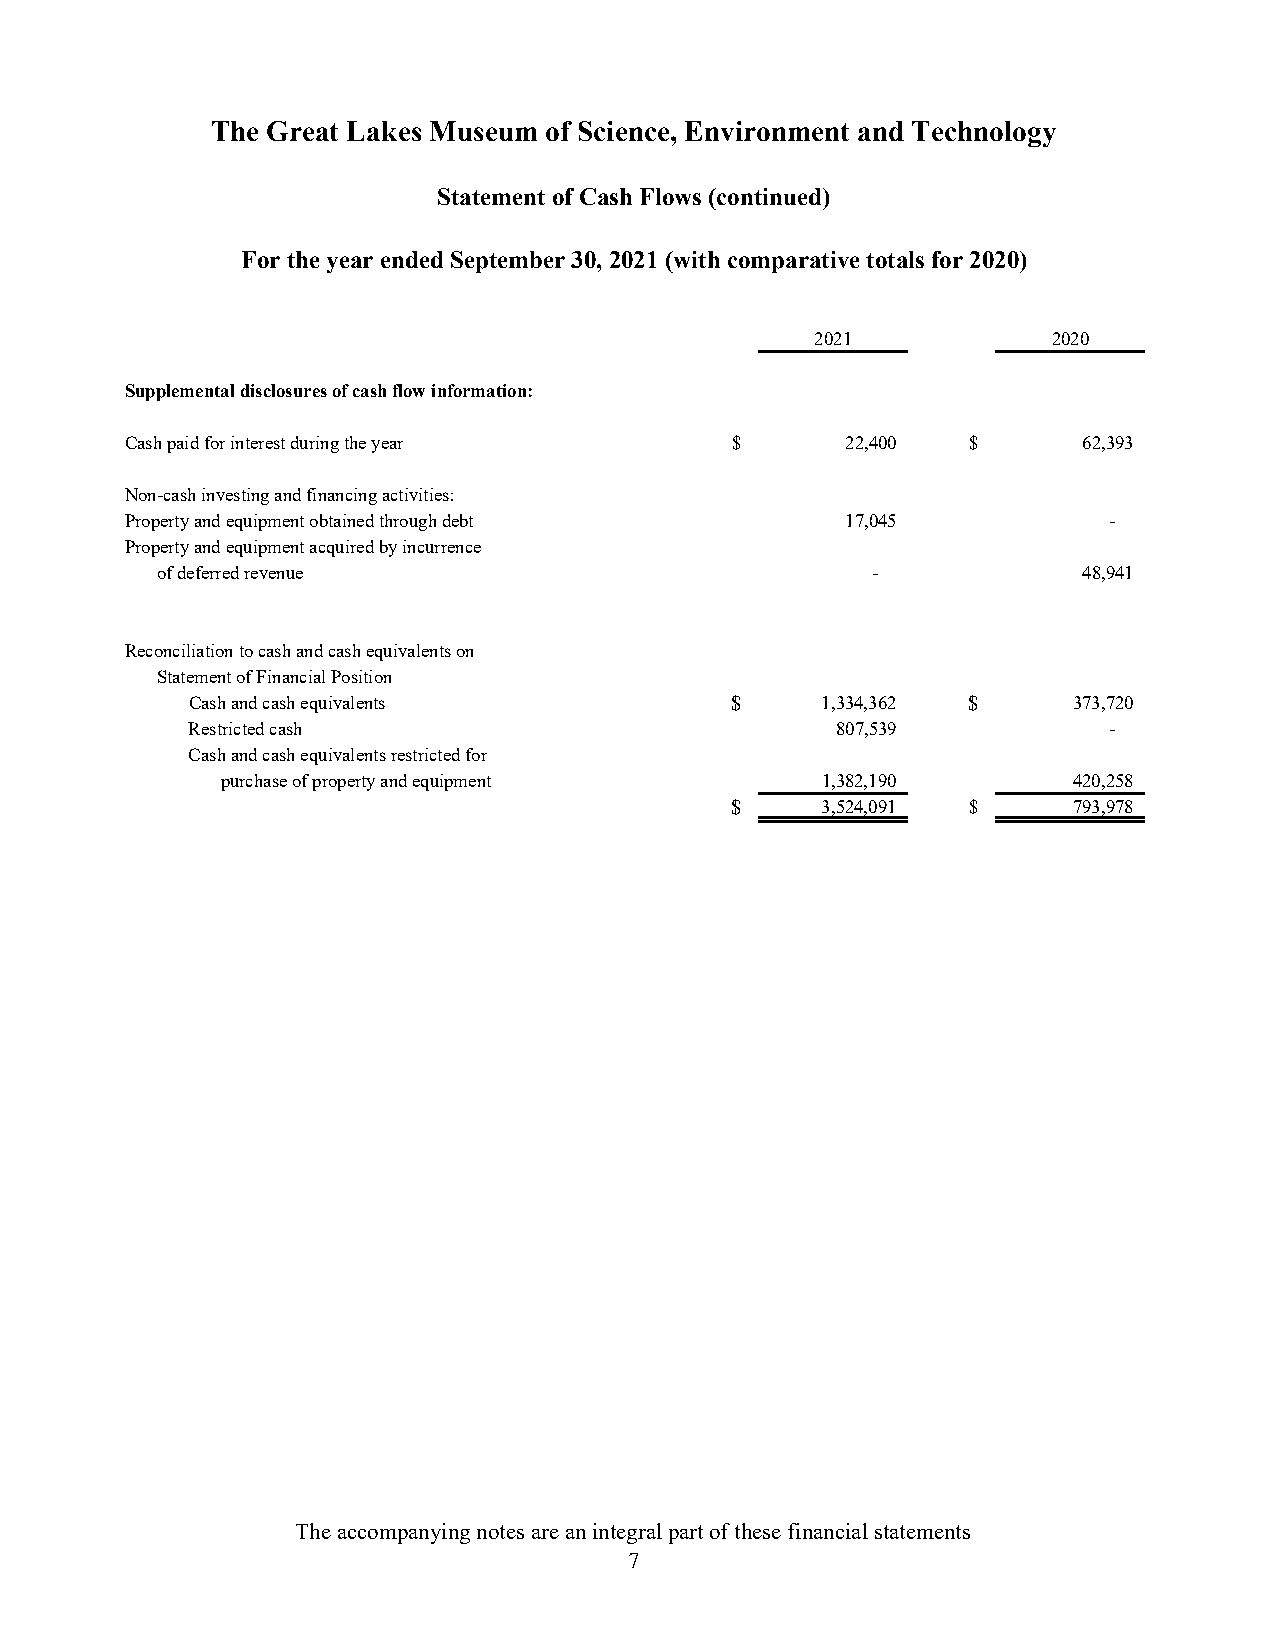
The Great Lakes Museum of Science, Environment and Technology
 Statement of Cash Flows (continued)
 For the year ended September 30, 2021 (with comparative totals for 2020)
 2021            2020
 Supplemental disclosures of cash flow information:
 Cash paid for interest during the year  $       22,400  $       62,393
 Non-cash investing and financing activities:
 Property and equipment obtained through debt    17,045           -
 Property and equipment acquired by incurrence
 of deferred revenue                             -             48,941
 Reconciliation to cash and cash equivalents on
 Statement of Financial Position
 Cash and cash equivalents           $     1,334,362 $      3 73,720
 Restricted cash                            807,539           -
 Cash and cash equivalents restricted for
 purchase of property and equipment     1,382,190        420,258
 $     3,524,091 $      793,978
 The accompanying notes are an integral part of these financial statements
 7